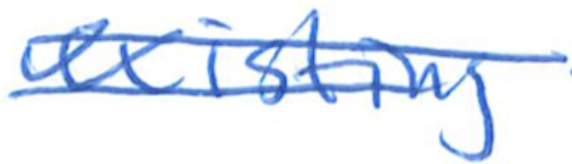
Text: existing
Cross-out: double-line
Writing tool: ballpoint